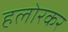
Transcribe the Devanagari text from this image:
हलोरकर